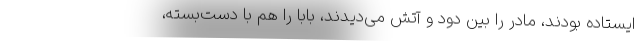
ایستاده بودند، مادر را بین دود و آتش می‌دیدند، بابا را هم با دست‌بسته،